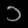
Digit: ၁